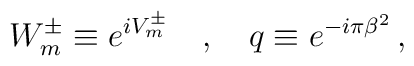
W^\pm_m \equiv e^{iV^\pm_m} \quad ,\quad q \equiv e^{-i\pi \beta ^2} \, ,